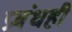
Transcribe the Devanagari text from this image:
प्रबंधही